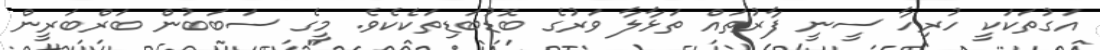
އަގުތަކަކީ ހުރިހާ ސީނީ ފާރުތައް ތަޅާލާ ވަރުގެ ބޮޑުބަޑިތަކެކެވެ. މީގެ ސަބަބުން ބަރްބަރީން